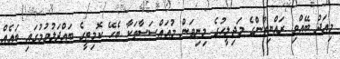
މިއަދު ބޭއްވި ރައްޔިތުންގެ މަޖިލީހުގެ މިނިވަން މުއައްސަސާތަކާ ބެހޭ ކޮމިޓީގެ ބައްދަލުވުމުގައި ބައެއް